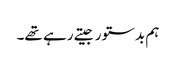
ہم بدستور جیتے رہے تھے۔